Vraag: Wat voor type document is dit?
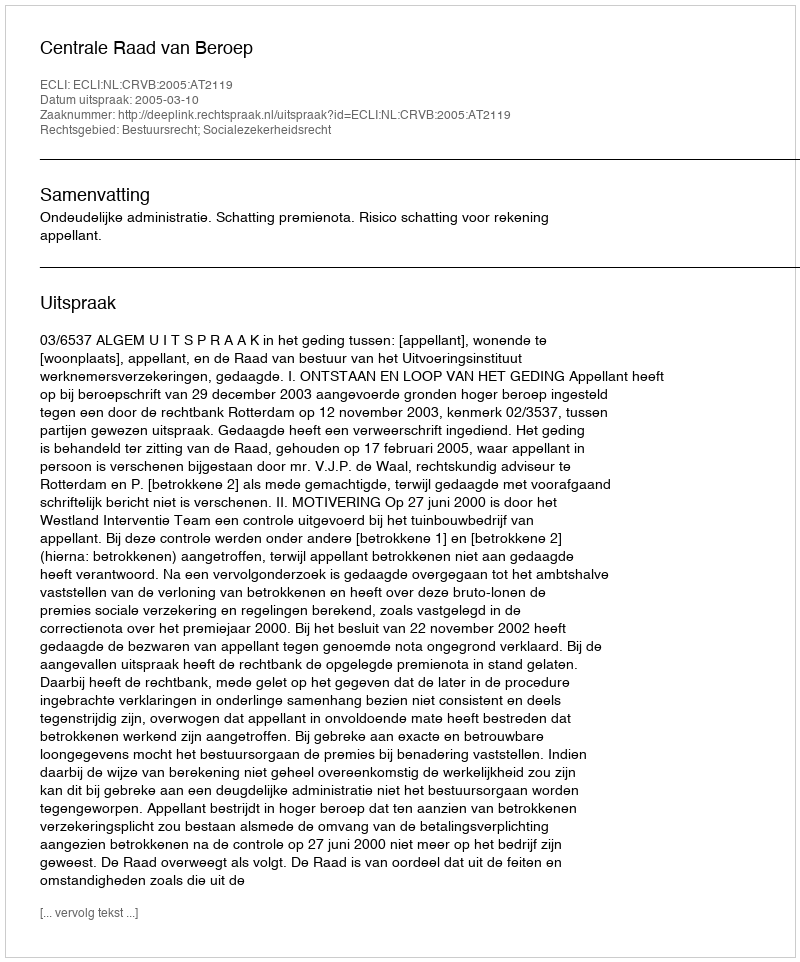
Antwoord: Uitspraak